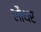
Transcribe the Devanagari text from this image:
लौथर